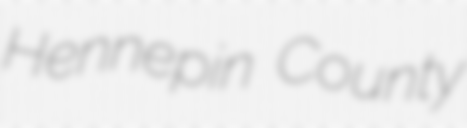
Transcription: Hennepin County